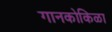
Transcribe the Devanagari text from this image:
गानकोकिळा